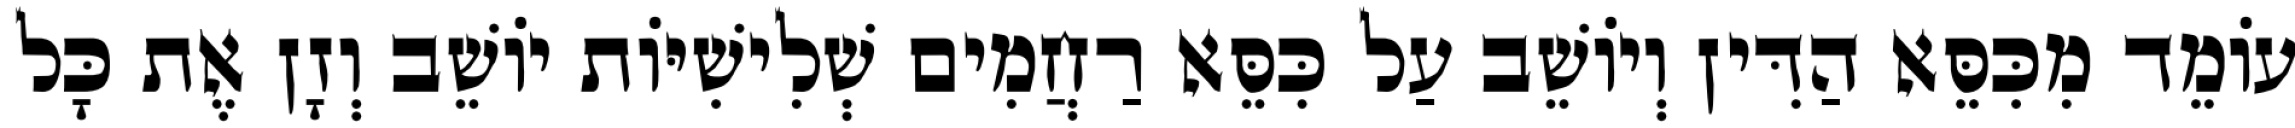
עוֹמֵד מִכִּסֵּא הַדִּין וְיוֹשֵׁב עַל כִּסֵּא רַחֲמִים שְׁלִישִׁיּוֹת יוֹשֵׁב וְזָן אֶת כָּל